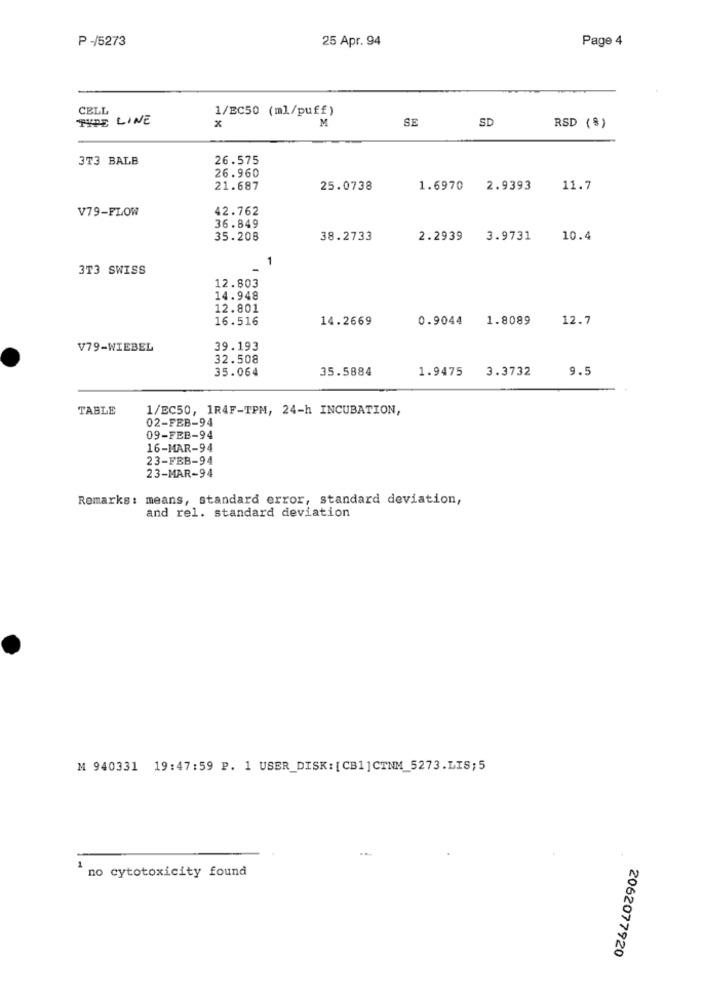
P-/5273
25 Apr. 94
Page 4
CELL
1/BC50 (ml/puff)
TYPE LINE
M
SE
SD
RSD (%)
3T3 BALB
26.575
26.960
21.687
25.0738
1.6970 2.9393
11.7
V79-FLOW
42.762
36.849
35.208
38.2733
2.2939
3.9731
10.4
1
3T3 SWISS
12.803
14.948
12.801
16.516
14.2669
0.9044
1.8089
12.7
V79-WIEBEL
39.193
32.508
35.064
35.5884
1.9475
3.3732
9.5
TABLE
1/EC50, 1R4F-TPM, 24-h INCUBATION,
02-FEB-94
09-FEB-94
16-MAR-94
23-FEB-94
23-MAR-94
Remarks: means, standard error, standard deviation,
and rel. standard deviation
M 940331 19:47:59 P. 1 USER_DISK: [CB1]CTNM_5273.LIS;5
1
no cytotoxicity found
2062077920